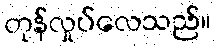
တုန်လှုပ်လေသည်။